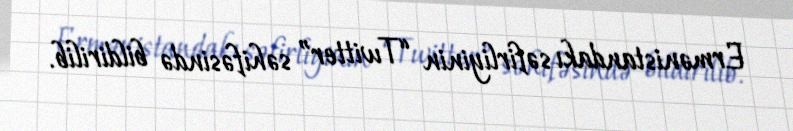
Ermənistandakı səfirliyinin “Twitter” səhifəsində bildirilib.